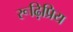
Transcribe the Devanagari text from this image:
रूढ़िप्रिय